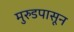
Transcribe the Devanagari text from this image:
मुरुडपासून